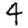
Digit: 4